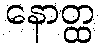
နောတ္ထ